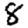
Digit: 8